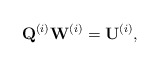
\begin{align*}\mathbf{Q}^{\left(i\right)}\mathbf{W}^{\left(i\right)}=\mathbf{U}^{\left(i\right)},\end{align*}